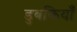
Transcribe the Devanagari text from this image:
डुबकियाँ